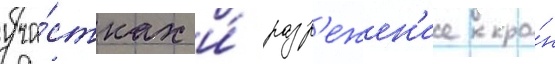
уча́стках и́ разр'ежен'ие кро́н